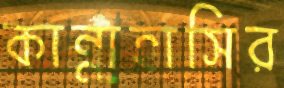
কান্নাহাসির